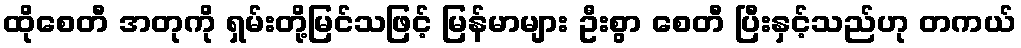
ထိုစေတီ အတုကို ရှမ်းတို့မြင်သဖြင့် မြန်မာများ ဦးစွာ စေတီ ပြီးနှင့်သည်ဟု တကယ်